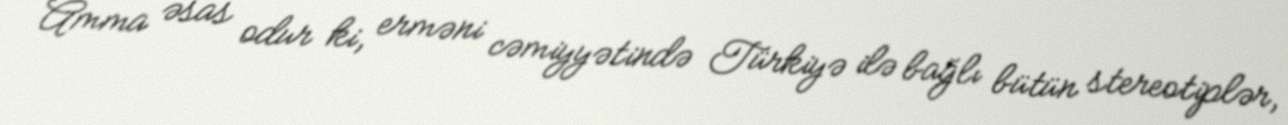
Amma əsas odur ki, erməni cəmiyyətində Türkiyə ilə bağlı bütün stereotiplər,